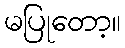
မပြုတော့။